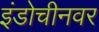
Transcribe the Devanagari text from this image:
इंडोचीनवर